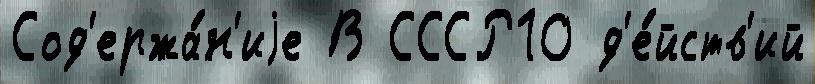
Сод'ержа́н'иjе В СССР10 д'е́йств'ий